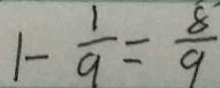
1 - \frac { 1 } { 9 } = \frac { 8 } { 9 }